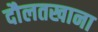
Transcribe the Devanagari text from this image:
दौलतखाना